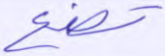
تضع